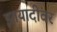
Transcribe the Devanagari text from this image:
इतयादींवर